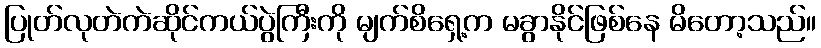
ပြုတ်လုတဲကဲဆိုင်ကယ်ပွဲကြီးကို မျက်စိရှေ့က မခွာနိုင်ဖြစ်နေ မိတော့သည်။